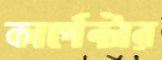
কার্পেন্টার